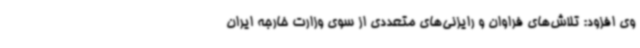
وی افزود: تلاش‌های فراوان و رایزنی‌های متعددی از سوی وزارت خارجه ایران